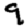
Digit: 9